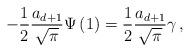
LaTeX: \begin{align*} -\frac 1 2\frac{a_{d+1}}{\sqrt{\pi}}\Psi \left( 1\right) =\frac 1 2\frac{a_{d+1}}{\sqrt{\pi}}\gamma\,,\end{align*}